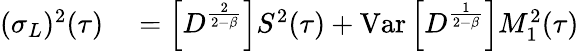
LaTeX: \begin{array}{rl}{(\sigma_{L})^{2}(\tau)}&{{}=\left[D^{\frac{2}{2-\beta}}\right]S^{2}(\tau)+\mathrm{Var}\left[D^{\frac{1}{2-\beta}}\right]M_{1}^{2}(\tau)}\end{array}